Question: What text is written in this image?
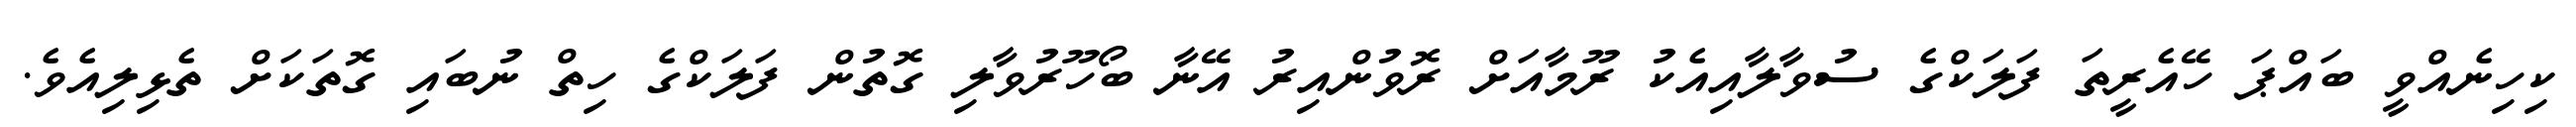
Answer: ކިހިނެއްވީ ބައްޕަ ހޭއެރީތަ ފަލަކްގެ ސުވާލާއިއެކު ރޫމާއަށް ރޮވުންއިރު އޭނާ ބޯހޫރުވާލި ގޮތުން ފަލަކްގެ ހިތް ނުބައި ގޮތަކަށް ތެޅިލިއެވެ.